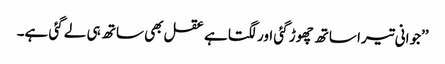
’’جوانی تیرا ساتھ چھوڑ گئی اور لگتا ہے عقل بھی ساتھ ہی لے گئی ہے۔